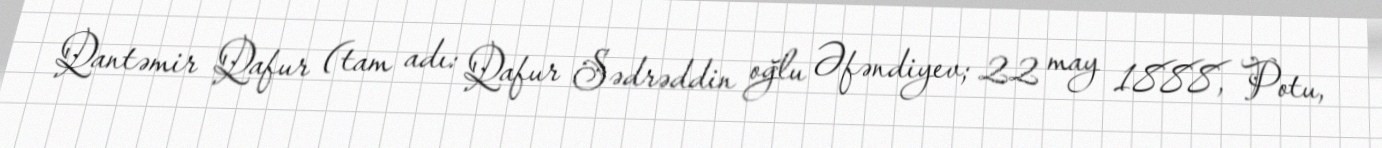
Qantəmir Qafur (tam adı: Qafur Sədrəddin oğlu Əfəndiyev; 22 may 1888, Potu,